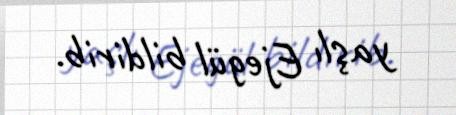
yaşlı Ejegül bildirib.